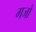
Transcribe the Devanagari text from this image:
गजो